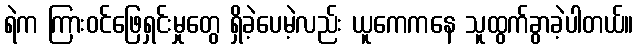
ရဲက ကြားဝင်ဖြေရှင်းမှုတွေ ရှိခဲ့ပေမဲ့လည်း ယူကေကနေ သူထွက်ခွာခဲ့ပါတယ်။